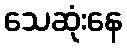
သေဆုံးနေ